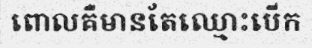
ពោលគឺមានតែឈ្មោះបើក